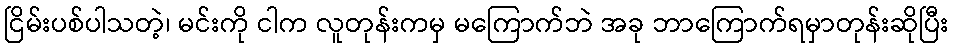
ငြိမ်းပစ်ပါသတဲ့၊ မင်းကို ငါက လူတုန်းကမှ မကြောက်ဘဲ အခု ဘာကြောက်ရမှာတုန်းဆိုပြီး